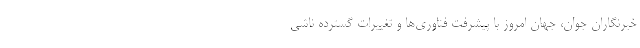
خبرنگاران جوان، جهان امروز با پیشرفت فناوری‌ها و تغییرات گسترده ناشی